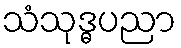
သံသုဒ္ဓပညာ